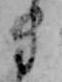
き